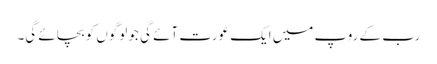
رب کے روپ میں ایک عورت آئے گی جو لوگوں کو بچائے گی۔